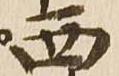
西